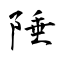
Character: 陲